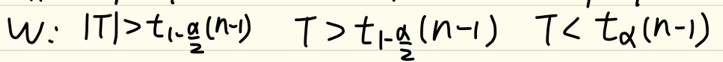
w: \(|T|>t_{\frac{\alpha}{2}}(n - 1)\) \(T>t_{1-\frac{\alpha}{2}}(n - 1)\) \(T<t_{\alpha}(n - 1)\)